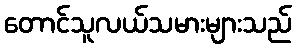
တောင်သူလယ်သမားများသည်